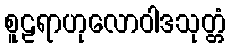
စူဠရာဟုလောဝါဒသုတ္တံ